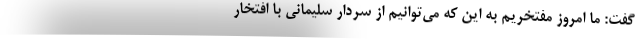
گفت: ما امروز مفتخریم به این که می‌توانیم از سردار سلیمانی با افتخار